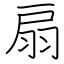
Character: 扇